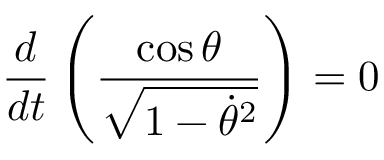
\frac { d } { d t } \left( \frac { \cos \theta } { \sqrt { 1 - \dot { \theta } ^ { 2 } } } \right) = 0